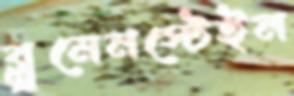
ব্লুমেনস্টেইন